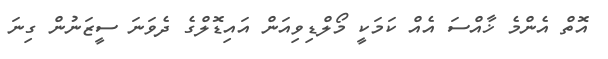
އޮތް އެންމެ ޚާއްސަ އެއް ކަމަކީ މޯލްޑިވިއަން އައިޑޮލްގެ ދެވަނަ ސީޒަނުން ގިނަ